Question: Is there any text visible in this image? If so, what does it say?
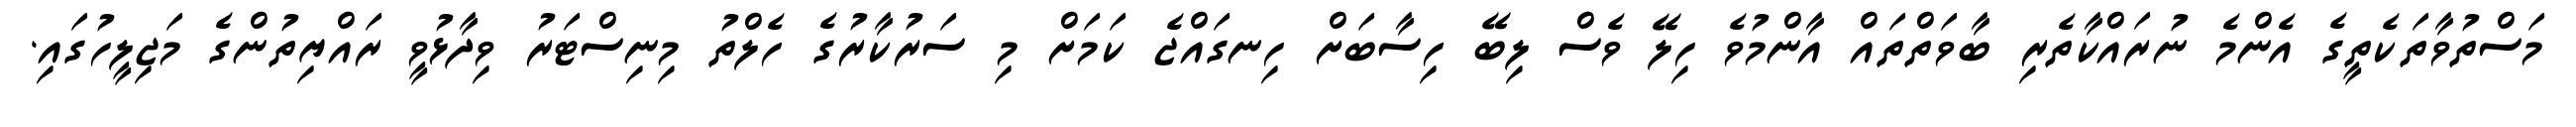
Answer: މަސްތުވާތަކެތީގެ އެންމެ ނުރައްކާތެރި ބާވަތްތައް އާންމުވެ ހިލޭ ވެސް ލިބޭ ހިސާބަށް ހިނގައްޖެ ކަމަށް މި ސަރުކާރުގެ ހެލްތު މިނިސްޓަރު ވިދާޅުވީ ރައްޔިތުންގެ މަޖިލީހުގައި.